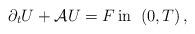
LaTeX: \begin{align*} \partial_t U + \mathcal A U = F \operatorname{in}\;\; (0,T)\,,\end{align*}